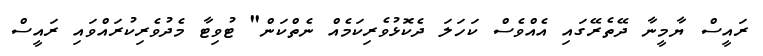
ރައީސް ޔާމީނާ ދޭތެރޭގައި އެއްވެސް ކަހަލަ ދެކޮޅުވެރިކަމެއް ނެތްކަން" ޓުވިޓާ މެދުވެރިކުރައްވައި ރައީސް